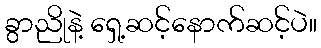
ခွာညိုနဲ့ ရှေ့ဆင့်နောက်ဆင့်ပဲ။